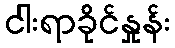
ငါးရာခိုင်နှုန်း